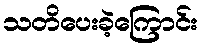
သတိပေးခဲ့ကြောင်း